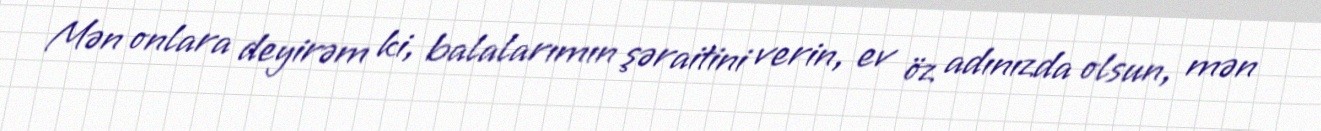
Mən onlara deyirəm ki, balalarımın şəraitini verin, ev öz adınızda olsun, mən